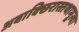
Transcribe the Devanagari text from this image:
अवाक्छिरास्तथाभूत्वा